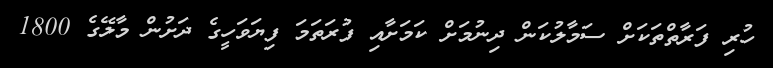
ހުރި ފަރާތްތަކަށް ސަމާލުކަން ދިނުމަށް ކަމަށާއި ފުރަތަމަ ފިޔަވަހީގެ ދަށުން މާލޭގެ 1800